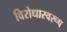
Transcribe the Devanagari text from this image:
विरोधास्वरूप